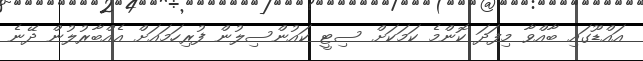
އައްޑޫގައި ބާއްވާ މިފަދަ ކޮންމެ ކަމަކަށް ސިޓީ ކައުންސިލުން ފުރިހަމައަށް އެއްބާރުލުން ދޭނެ